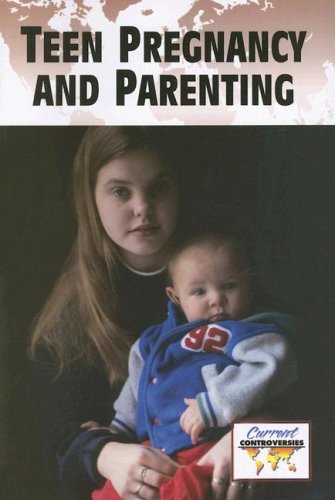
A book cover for Teenage Pregnancy and Parenting (Current Controversies); Lisa Frick; Teen & Young Adult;